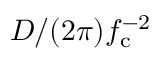
D / ( 2 \pi ) f _ { \mathrm { c } } ^ { - 2 }